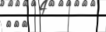
١٠٤